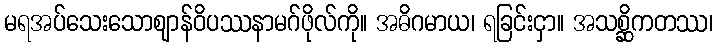
မရအပ်သေးသောဈာန်ဝိပဿနာမဂ်ဖိုလ်ကို။ အဓိဂမာယ၊ ရခြင်းငှာ။ အသစ္ဆိကတဿ၊